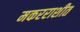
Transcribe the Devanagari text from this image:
मकरराशीत